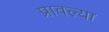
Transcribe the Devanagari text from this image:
प्रावल्या